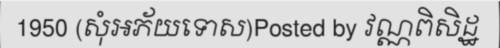
1950 (សុំអភ័យទោស)Posted by វណ្ណពិសិដ្ឋ